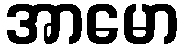
အာမော